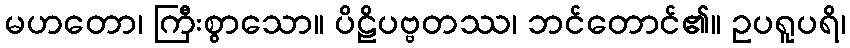
မဟတော၊ ကြီးစွာသော။ ပိဠိပဗ္ဗတဿ၊ ဘင်တောင်၏။ ဥပရူပရိ၊